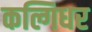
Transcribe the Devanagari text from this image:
कल्गिधर